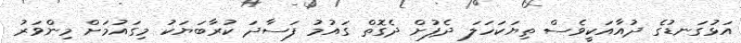
އަޅުގަނޑުގެ ދުއާއަކީވެސް ތިޔަކަހަލަ ދެފުށް ދެގޮތް ގައުމު ފަސާދަ ކުރާބަޔަކު މިގައުމަށް މިންވަރު